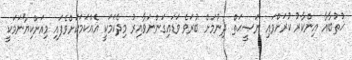
ޚުޠުބާއާ އިންކާރު ކުރަށްވައި ނަޞީޙަތް ދިނުމަށް ބުރަވެ ވަޑައިގަންނަވާއިރު މިދެކަމަކީ އެއްކަމަކަށްވެފައި މިއަށްކިޔާނަމަކީ